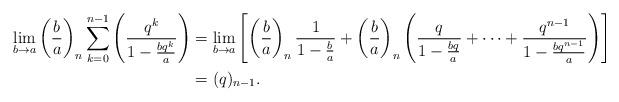
LaTeX: \begin{align*}\lim\limits_{b\to a}\left(\frac{b}{a}\right)_{n}\sum_{k=0}^{n-1}\left(\frac{q^k}{1-\frac{bq^k}{a}}\right) &=\lim\limits_{b\to a}\left[\left(\frac{b}{a}\right)_n\frac{1}{1-\frac{b}{a}} + \left(\frac{b}{a}\right)_n\left(\frac{q}{1-\frac{bq}{a}}+\cdots+\frac{q^{n-1}}{1-\frac{bq^{n-1}}{a}}\right)\right]\\&=(q)_{n-1}. \end{align*}